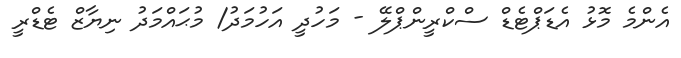
އެންމެ މޮޅު އެޑަޕްޓެޑް ސްކްރީންޕްލޭ - މަހުދީ އަހުމަދު/ މުޙައްމަދު ނިޔާޒް ޓެޑްރީ